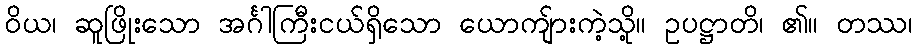
ဝိယ၊ ဆူဖြိုးသော အင်္ဂါကြီးငယ်ရှိသော ယောကျ်ားကဲ့သို့။ ဥပဋ္ဌာတိ၊ ၏။ တဿ၊